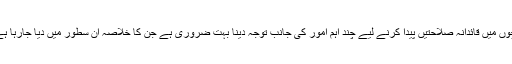
بچوں میں قائدانہ صلاحتیں پیدا کرنے لیے چند اہم امور کی جانب توجہ دینا بہت ضروری ہے جن کا خلاصہ ان سطور میں دیا جارہا ہے۔